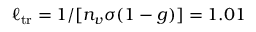
\ell _ { \mathrm { t r } } = 1 / [ n _ { v } \sigma ( 1 - g ) ] = 1 . 0 1